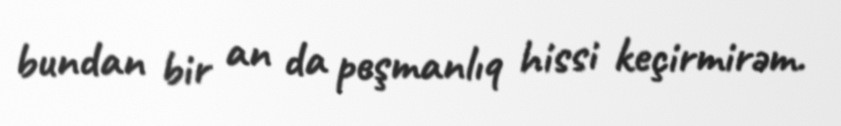
bundan bir an da peşmanlıq hissi keçirmirəm.